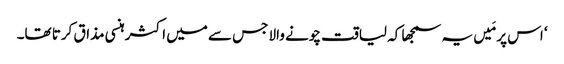
‘ اس پر مَیں یہ سمجھا کہ لیاقت چونے والا جس سے میں اکثر ہنسی مذاق کرتا تھا۔